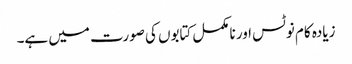
زیادہ کام نوٹس اور نامکمل کتابوں کی صورت میں ہے۔